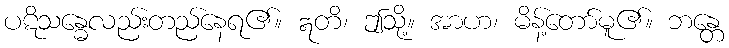
ပဋိသန္ဓေလည်းတည်နေရ၏။ ဣတိ၊ ဤသို့။ အာဟ၊ မိန့်တော်မူ၏။ ဘန္တေ